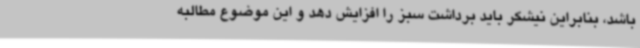
باشد، بنابراین نیشکر باید برداشت سبز را افزایش دهد و این موضوع مطالبه